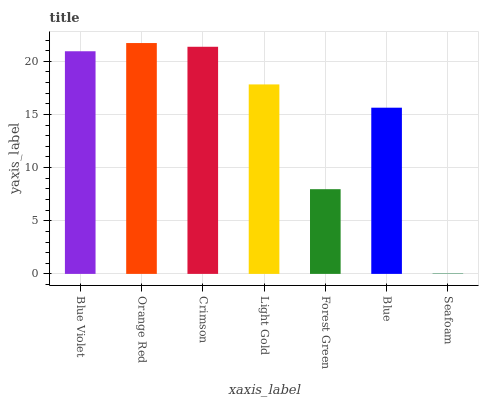
| xaxis_label | bars |
 | --- | --- |
 | Blue Violet | 20.9 |
 | Orange Red | 21.7 |
 | Crimson | 21.4 |
 | Light Gold | 17.8 |
 | Forest Green | 7.97 |
 | Blue | 15.6 |
 | Seafoam | 0.0445 |